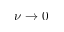
\nu \rightarrow 0